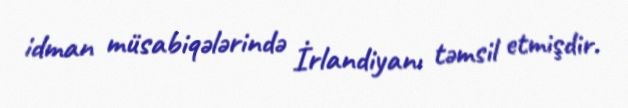
idman müsabiqələrində İrlandiyanı təmsil etmişdir.